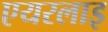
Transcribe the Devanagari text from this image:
एयरलाइ